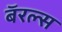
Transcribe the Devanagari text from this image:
बॅरल्स